Civil Veterinary Department Bengal reports 1933-51 - 1933-1951
Year: 1933
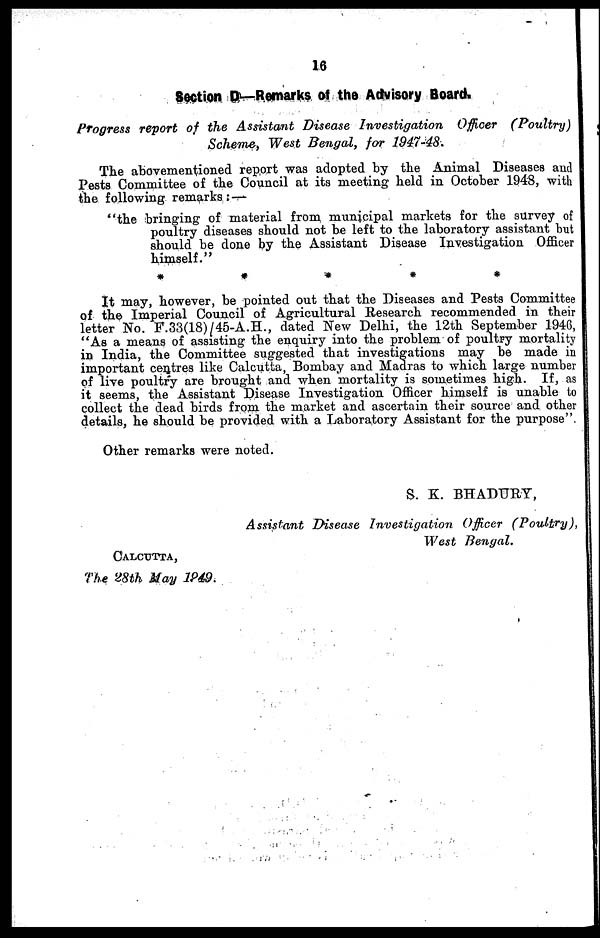
16
Section D—Remarks of the Advisory Board.
Progress report of the Assistant Disease Investigation
Officer
(Poultry)
Scheme, West Bengal, for 1947-48.
The abovementioned report was adopted by the Animal Diseases and
Pests Committee of the Council at its meeting held in October 1948, with
the following remarks : —
"the bringing of material from municipal markets for the survey of
poultry diseases should not be left to the laboratory assistant but
should be done by the Assistant Disease Investigation Officer
himself."
*****
It may, however, be pointed out that the Diseases and Pests Committee
of the Imperial Council of Agricultural Research recommended in their
letter No. F.33(18)/45-A.H., dated New Delhi, the 12th September 1946,
"As a means of assisting the enquiry into the problem of poultry mortality
in India, the Committee suggested that investigations may be made in
important centres like Calcutta, Bombay and Madras to which large number
of live poultry are brought and when mortality is sometimes high. If, as
it seems, the Assistant Disease Investigation Officer himself is unable to
collect the dead birds from the market and ascertain their source and other
details, he should be provided with a Laboratory Assistant for the purpose".
Other remarks were noted.
S. K. BHADURY,
Assistant Disease Investigation
Officer
(Poultry),
West
Bengal.
CALCUTTA,
The 28th May 1849.